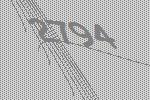
2794